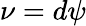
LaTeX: \nu=d\psi